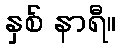
နှစ် နာရီ။